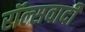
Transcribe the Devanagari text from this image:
रॉल्सवादी